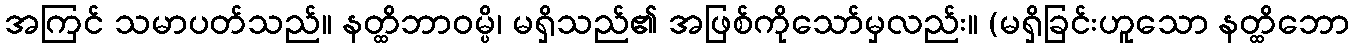
အကြင် သမာပတ်သည်။ နတ္ထိဘာဝမ္ပိ၊ မရှိသည်၏ အဖြစ်ကိုသော်မှလည်း။ (မရှိခြင်းဟူသော နတ္ထိဘော